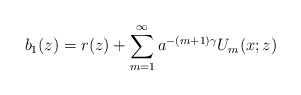
\begin{align*}b_1(z) = r(z) + \sum^{\infty}_{m=1} a^{-(m+1)\gamma} U_m(x;z)\end{align*}